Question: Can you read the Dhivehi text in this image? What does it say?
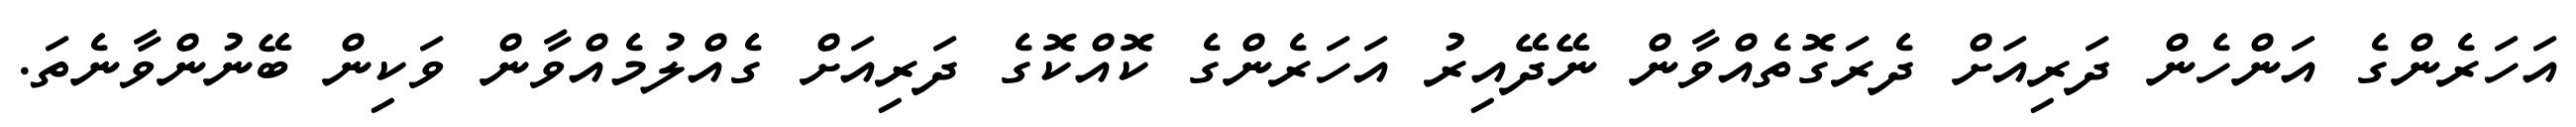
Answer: އަހަރެންގެ އަންހެން ދަރިއަށް ދެރަގޮތެއްވާން ނޭދޭއިރު އަހަރެންގެ ކޮއްކޮގެ ދަރިއަށް ގެއްލުމެއްވާން ވަކިން ބޭނުންވާނެތަ.